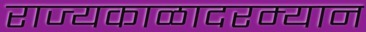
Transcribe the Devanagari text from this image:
राज्यकाळादरम्यान